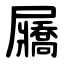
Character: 屫